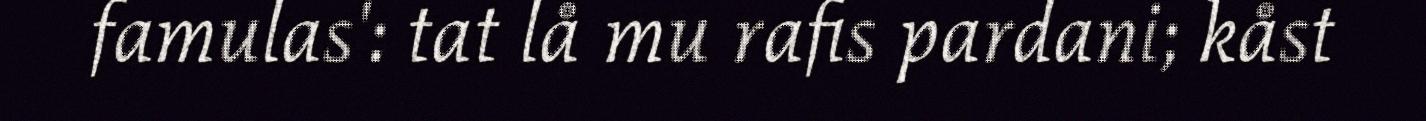
famulas': tat lå mu rafis pardani; kåst